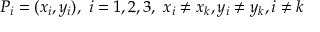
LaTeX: P _ { i } = ( x _ { i } , y _ { i } ) , \ i = 1 , 2 , 3 , \ x _ { i } \neq x _ { k } , y _ { i } \neq y _ { k } , i \neq k